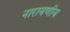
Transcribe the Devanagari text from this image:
नारायणीय